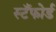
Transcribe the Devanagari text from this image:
स्टँफोर्ड